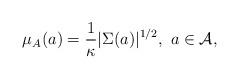
LaTeX: \begin{align*}\mu_{A}(a)=\frac{1}{\kappa}|\Sigma(a)|^{1/2},\ a\in\mathcal{A},\end{align*}